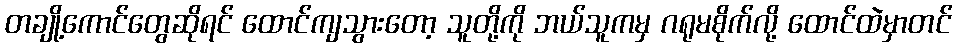
တချို့ကောင်တွေဆိုရင် ထောင်ကျသွားတော့ သူတို့ကို ဘယ်သူကမှ ဂရုမစိုက်လို့ ထောင်ထဲမှာတင်